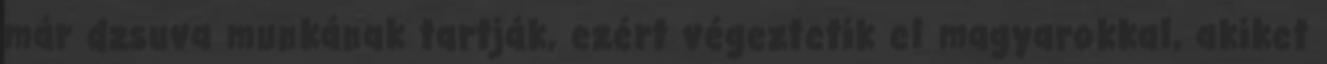
már dzsuva munkának tartják, ezért végeztetik el magyarokkal, akiket